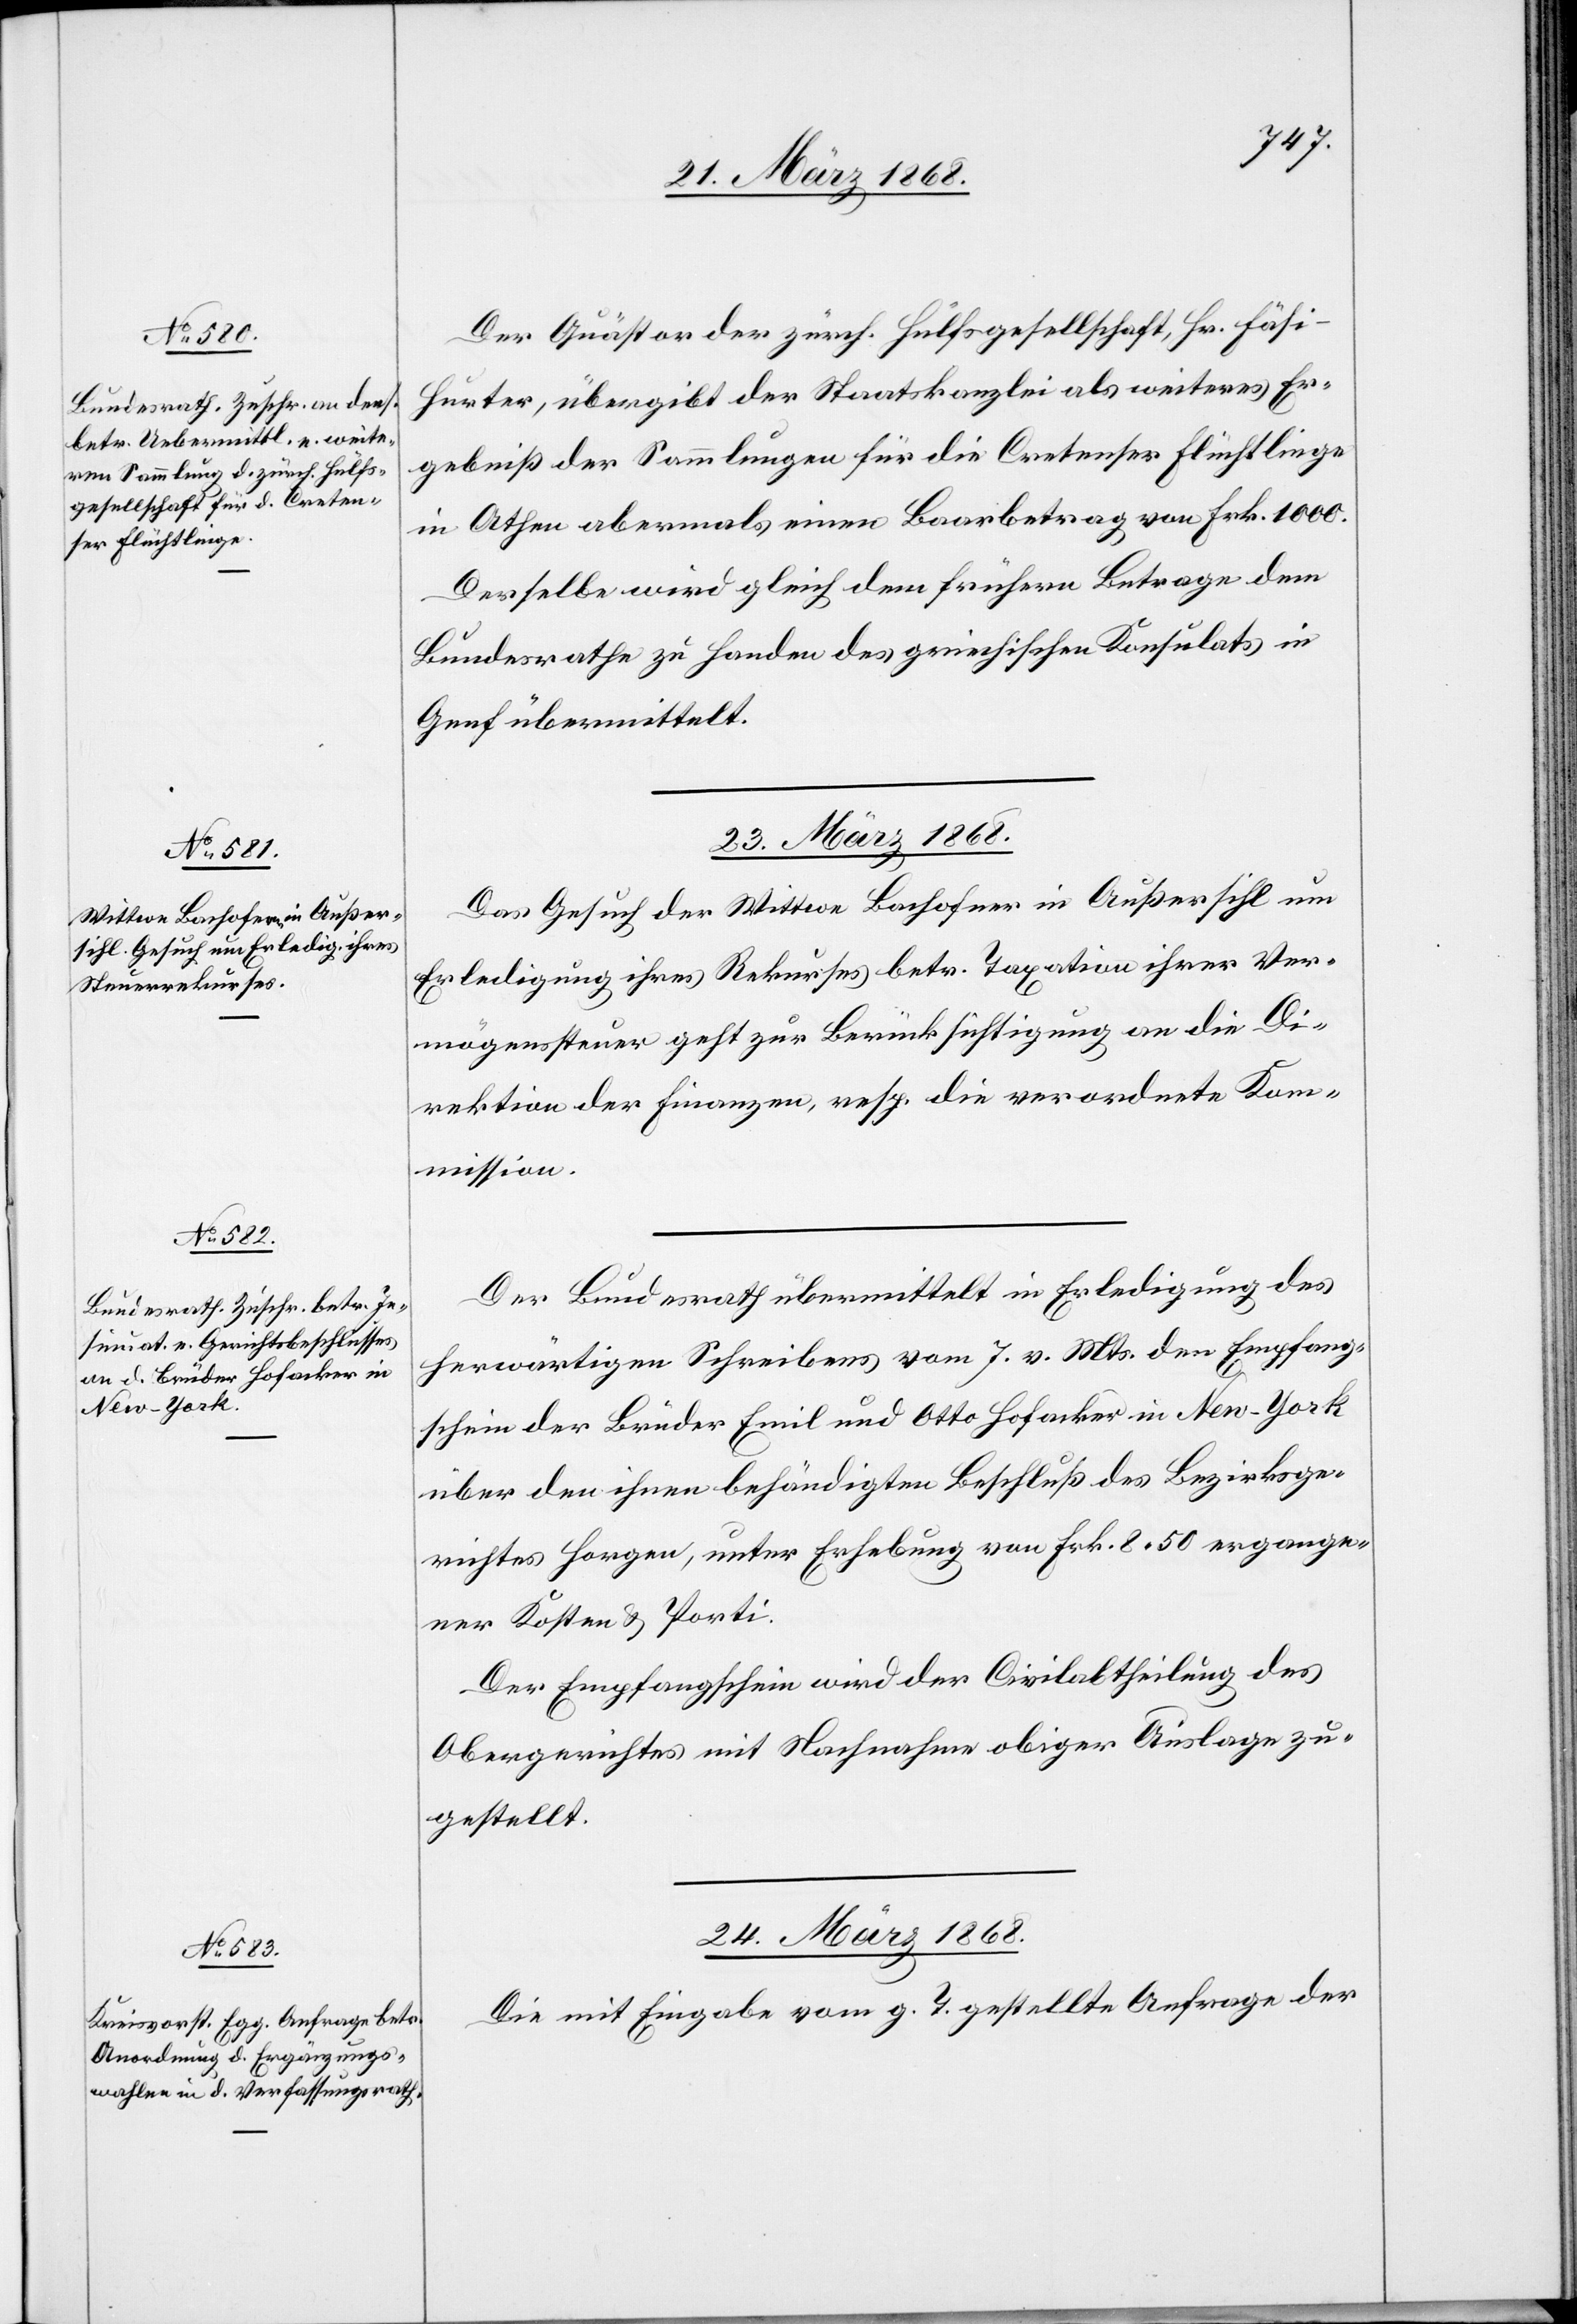
Der Quästor der zürch. Hülfsgesellschaft, Hr. Fäsi-H¬
urter, übergibt der Staatskanzlei als weiteres Er¬
gebniß der Sammlungen für die Cretenser Flüchtlinge
in Athen abermals einen Baarbetrag von Frk. 1000.
Derselbe wird gleich dem frühern Betrage dem
Bundesrathe zu Handen des griechischen Konsulats in
Genf übermittelt.
23. März 1868.
Das Gesuch der Wittwe Bachofner in Außersihl um
Erledigung ihres Rekurses betr. Taxation ihrer Ver¬
mögenssteuer geht zur Berücksichtigung an die Di¬
rektion der Finanzen, resp. die verordnete Kom¬
mission.
Der Bundesrath übermittelt in Erledigung des
herwärtigen Schreibens vom 7. v. Mts. den Empfang¬
schein der Brüder Emil und Otto Hofacker in New-York
über den ihnen behändigten Beschluß des Bezirksge¬
richtes Horgen, unter Erhebung von Frk. 8. 50 ergange¬
ner Kosten & Porti.
Der Empfangschein wird der Civilabtheilung des
Obergerichtes mit Nachnahme obiger Auslage zu¬
gestellt.
24. März 1868.
Die mit Eingabe vom g. T. gestellte Anfrage der